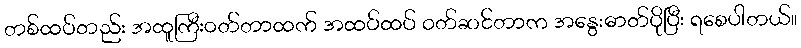
တစ်ထပ်တည်း အထူကြီးဝတ်တာထက် အထပ်ထပ် ဝတ်ဆင်တာက အနွေးဓာတ်ပိုပြီး ရစေပါတယ်။